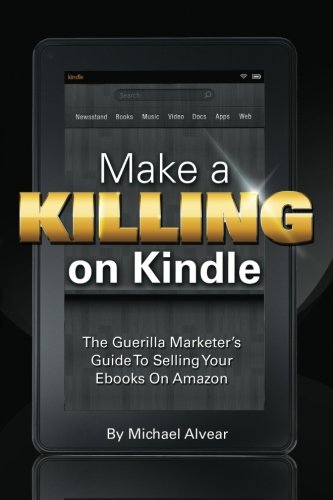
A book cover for Make A Killing On Kindle Without Blogging, Facebook Or Twitter: The Guerilla Marketer's Guide To Selling Ebooks On Amazon; Michael Alvear; Test Preparation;